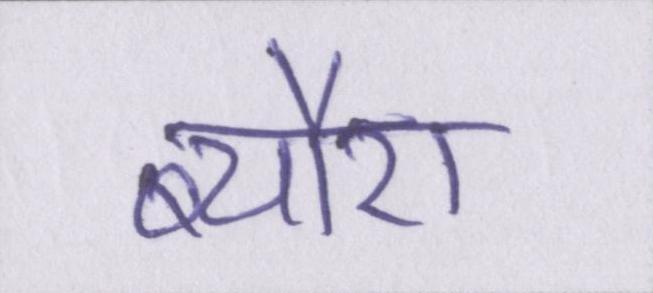
ब्यौरा